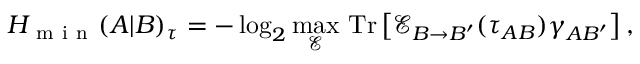
H _ { \mathrm { ~ m ~ i ~ n ~ } } ( A | B ) _ { \tau } = - \log _ { 2 } \underset { \mathcal { E } } { \operatorname* { m a x } } ~ \mathrm { T r } \left[ \mathcal { E } _ { B \rightarrow B ^ { \prime } } ( \tau _ { A B } ) \gamma _ { A B ^ { \prime } } \right] ,